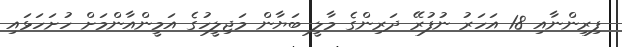
ފިރިންނާއި 18 އަހަރު ނުފުރޭ ދަރިންގެ މާލީ ބަޔާން މަޖިލީހުގެ އަމީންއާންމަށް ހުށަހަޅައި